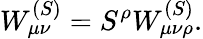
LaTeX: W_{\mu\nu}^{(S)}=S^{\rho}W_{\mu\nu\rho}^{(S)}.